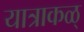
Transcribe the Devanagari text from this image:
यात्राकळ्